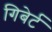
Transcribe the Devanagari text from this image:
गिबेर्ट